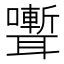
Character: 𮋽